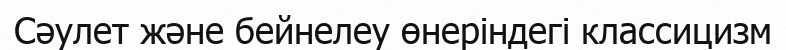
Сәулет және бейнелеу өнеріндегі классицизм